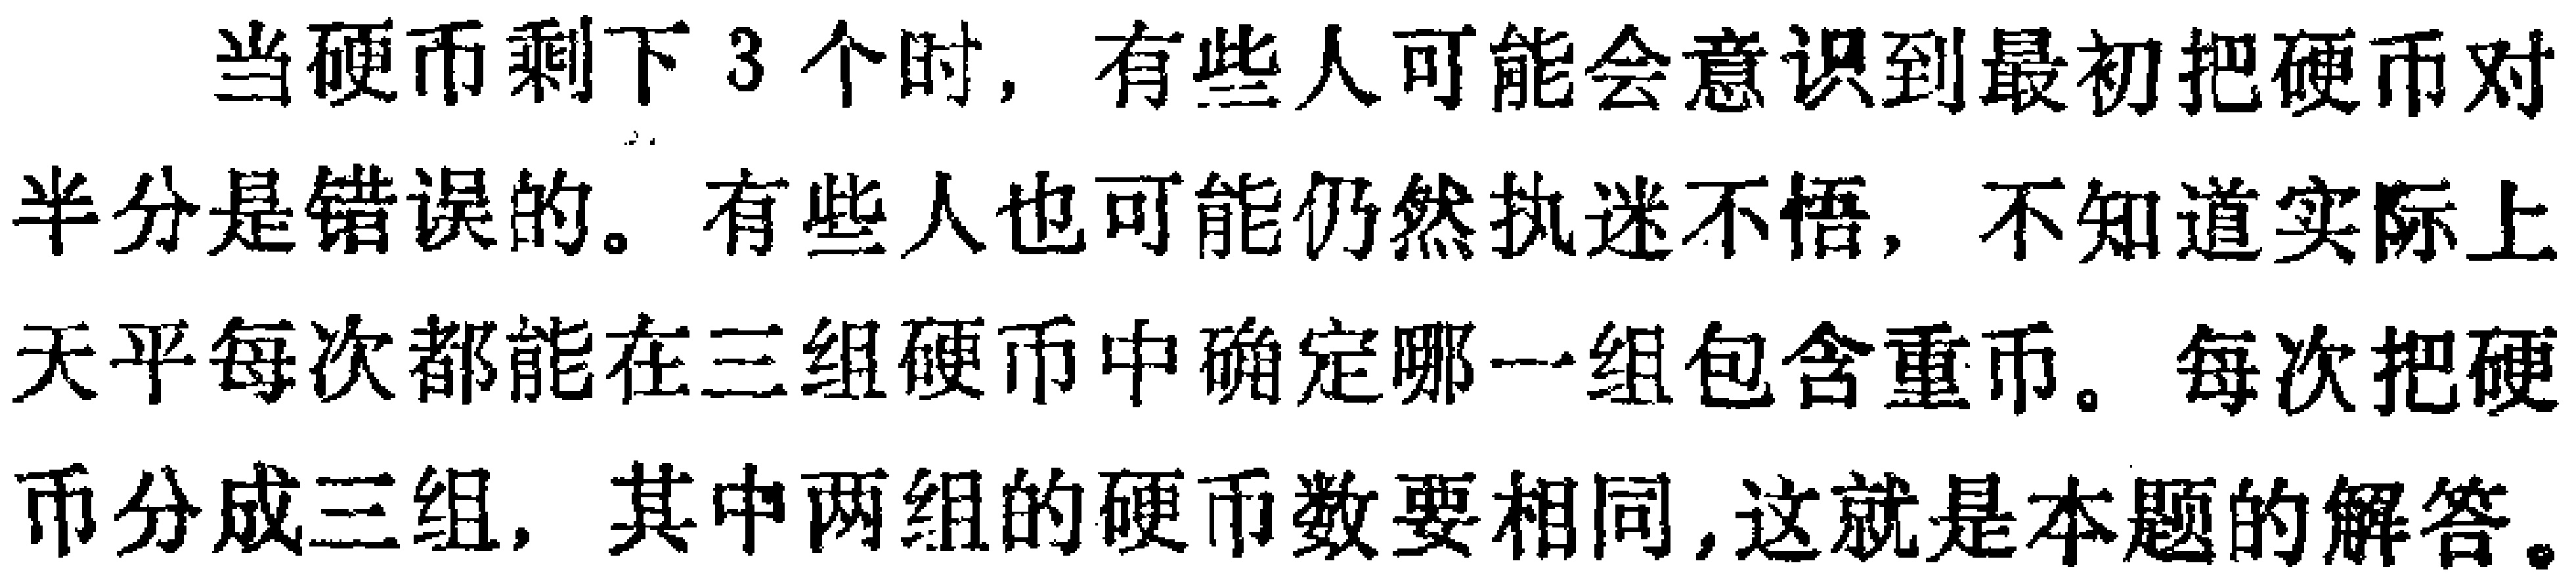
当硬币剩下3个时，有些人可能会意识到最初把硬币对半分是错误的。有些人也可能仍然执迷不悟，不知道实际上天平每次都能在三组硬币中确定哪一组包含重币。每次把硬币分成三组，其中两组的硬币数要相同,这就是本题的解答。